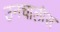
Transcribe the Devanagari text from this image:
उनचालीस